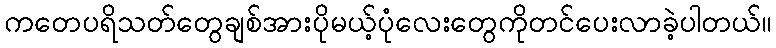
ကတေပရိသတ်တွေချစ်အားပိုမယ့်ပုံလေးတွေကိုတင်ပေးလာခဲ့ပါတယ်။